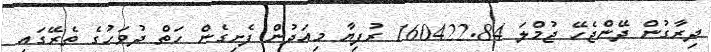
ދިރާގުން ދޭންޖެހޭ ޖުމްލަ 160422.84 ރުފިޔާ މިއަދުން ފެށިގެން ހަތް ދުވަހުގެ ތެރޭގައި